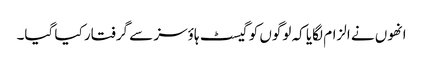
انھوں نے الزام لگایا کہ لوگوں کو گیسٹ ہاؤسز سے گرفتار کیا گیا۔